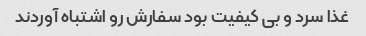
غذا سرد و بی کیفیت بود سفارش رو اشتباه آوردند